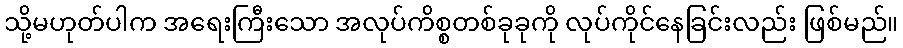
သို့မဟုတ်ပါက အရေးကြီးသော အလုပ်ကိစ္စတစ်ခုခုကို လုပ်ကိုင်နေခြင်းလည်း ဖြစ်မည်။